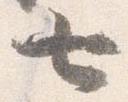
七